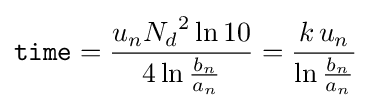
{\mathtt {time}}={\frac {u_{n}{N_{d}}^{2}\ln 10}{4\ln {\frac {b_{n}}{a_{n}}}}}={\frac {k\,u_{n}}{\ln {\frac {b_{n}}{a_{n}}}}}